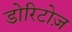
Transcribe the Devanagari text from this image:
डोरिटोज़